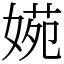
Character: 𡟃